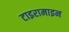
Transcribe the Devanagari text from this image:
टाइरामाइन